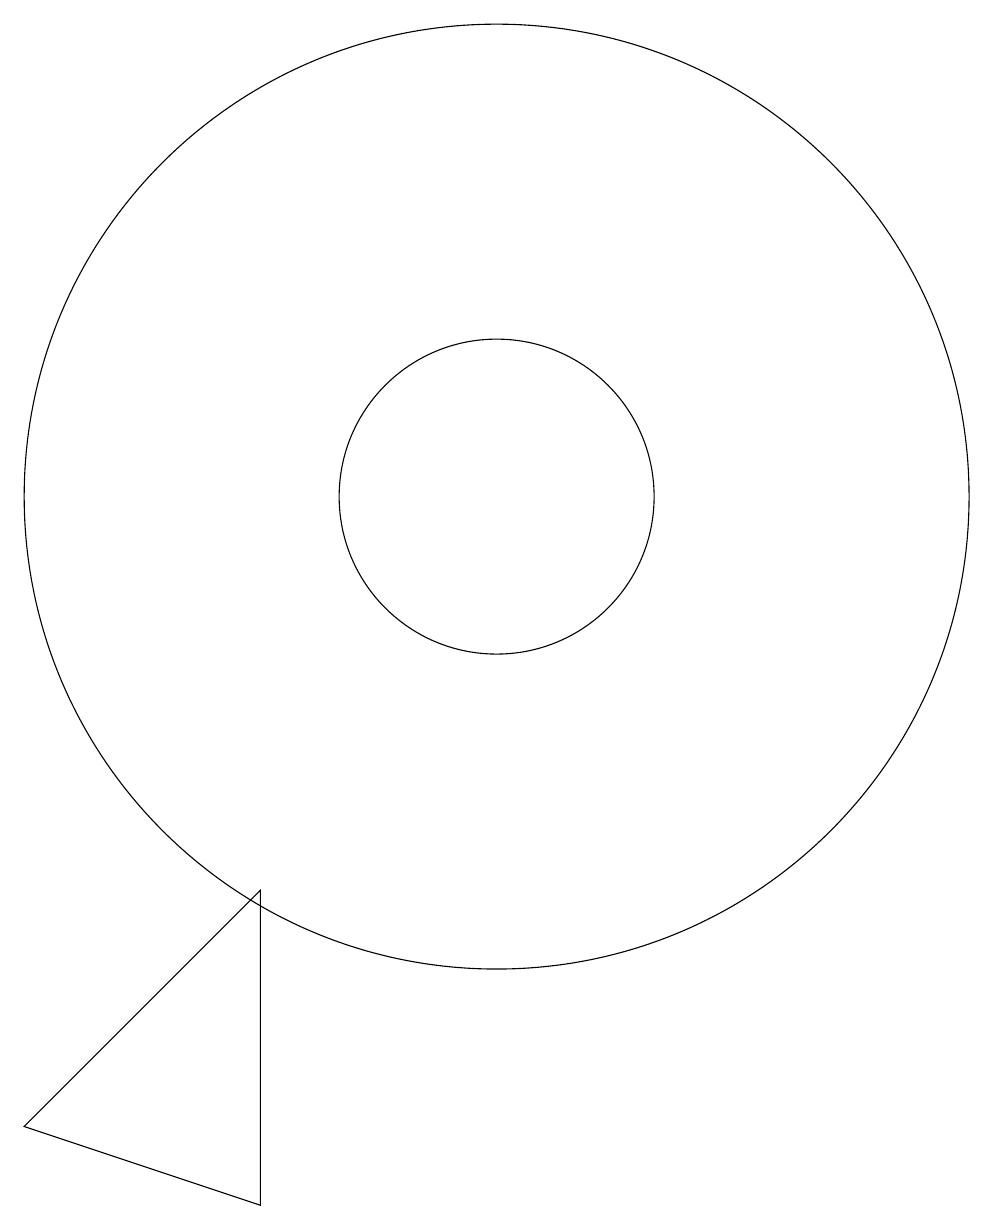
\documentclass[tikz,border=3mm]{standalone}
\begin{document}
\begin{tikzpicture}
\draw (11,11) circle (6);
\draw (11,11) circle (2);
\draw (8,2) -- (5,3) -- (8,6) -- cycle;
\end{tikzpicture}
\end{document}